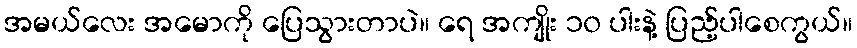
အမယ်လေး အမောကို ပြေသွားတာပဲ။ ရေ အကျိုး ၁၀ ပါးနဲ့ ပြည့်ပါစေကွယ်။